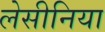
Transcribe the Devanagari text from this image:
लेसीनिया